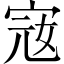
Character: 宼